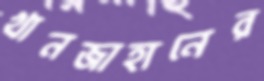
খানজাহানের